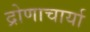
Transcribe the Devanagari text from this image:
द्रोणाचार्या